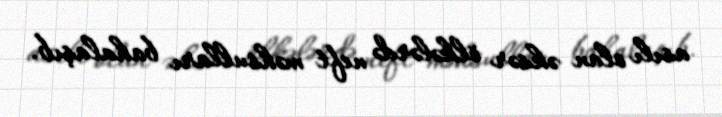
asılı olan əksər ölkələrdə neft məhsulları bahalaşıb.